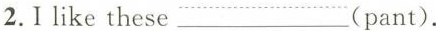
2.I like these ___(pant).